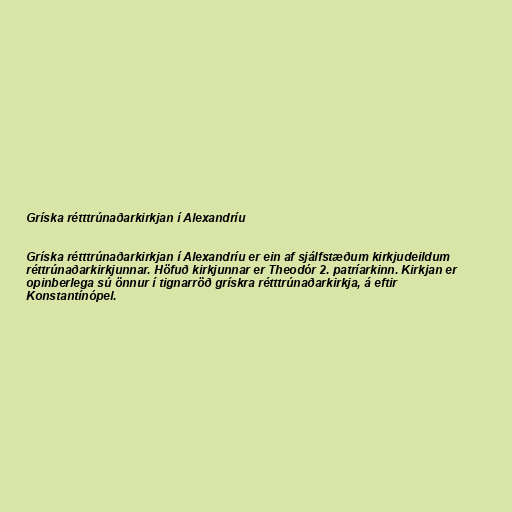
Gríska rétttrúnaðarkirkjan í Alexandríu

Gríska rétttrúnaðarkirkjan í Alexandríu er ein af sjálfstæðum kirkjudeildum
réttrúnaðarkirkjunnar. Höfuð kirkjunnar er Theodór 2. patríarkinn. Kirkjan er
opinberlega sú önnur í tignarröð grískra rétttrúnaðarkirkja, á eftir
Konstantínópel.